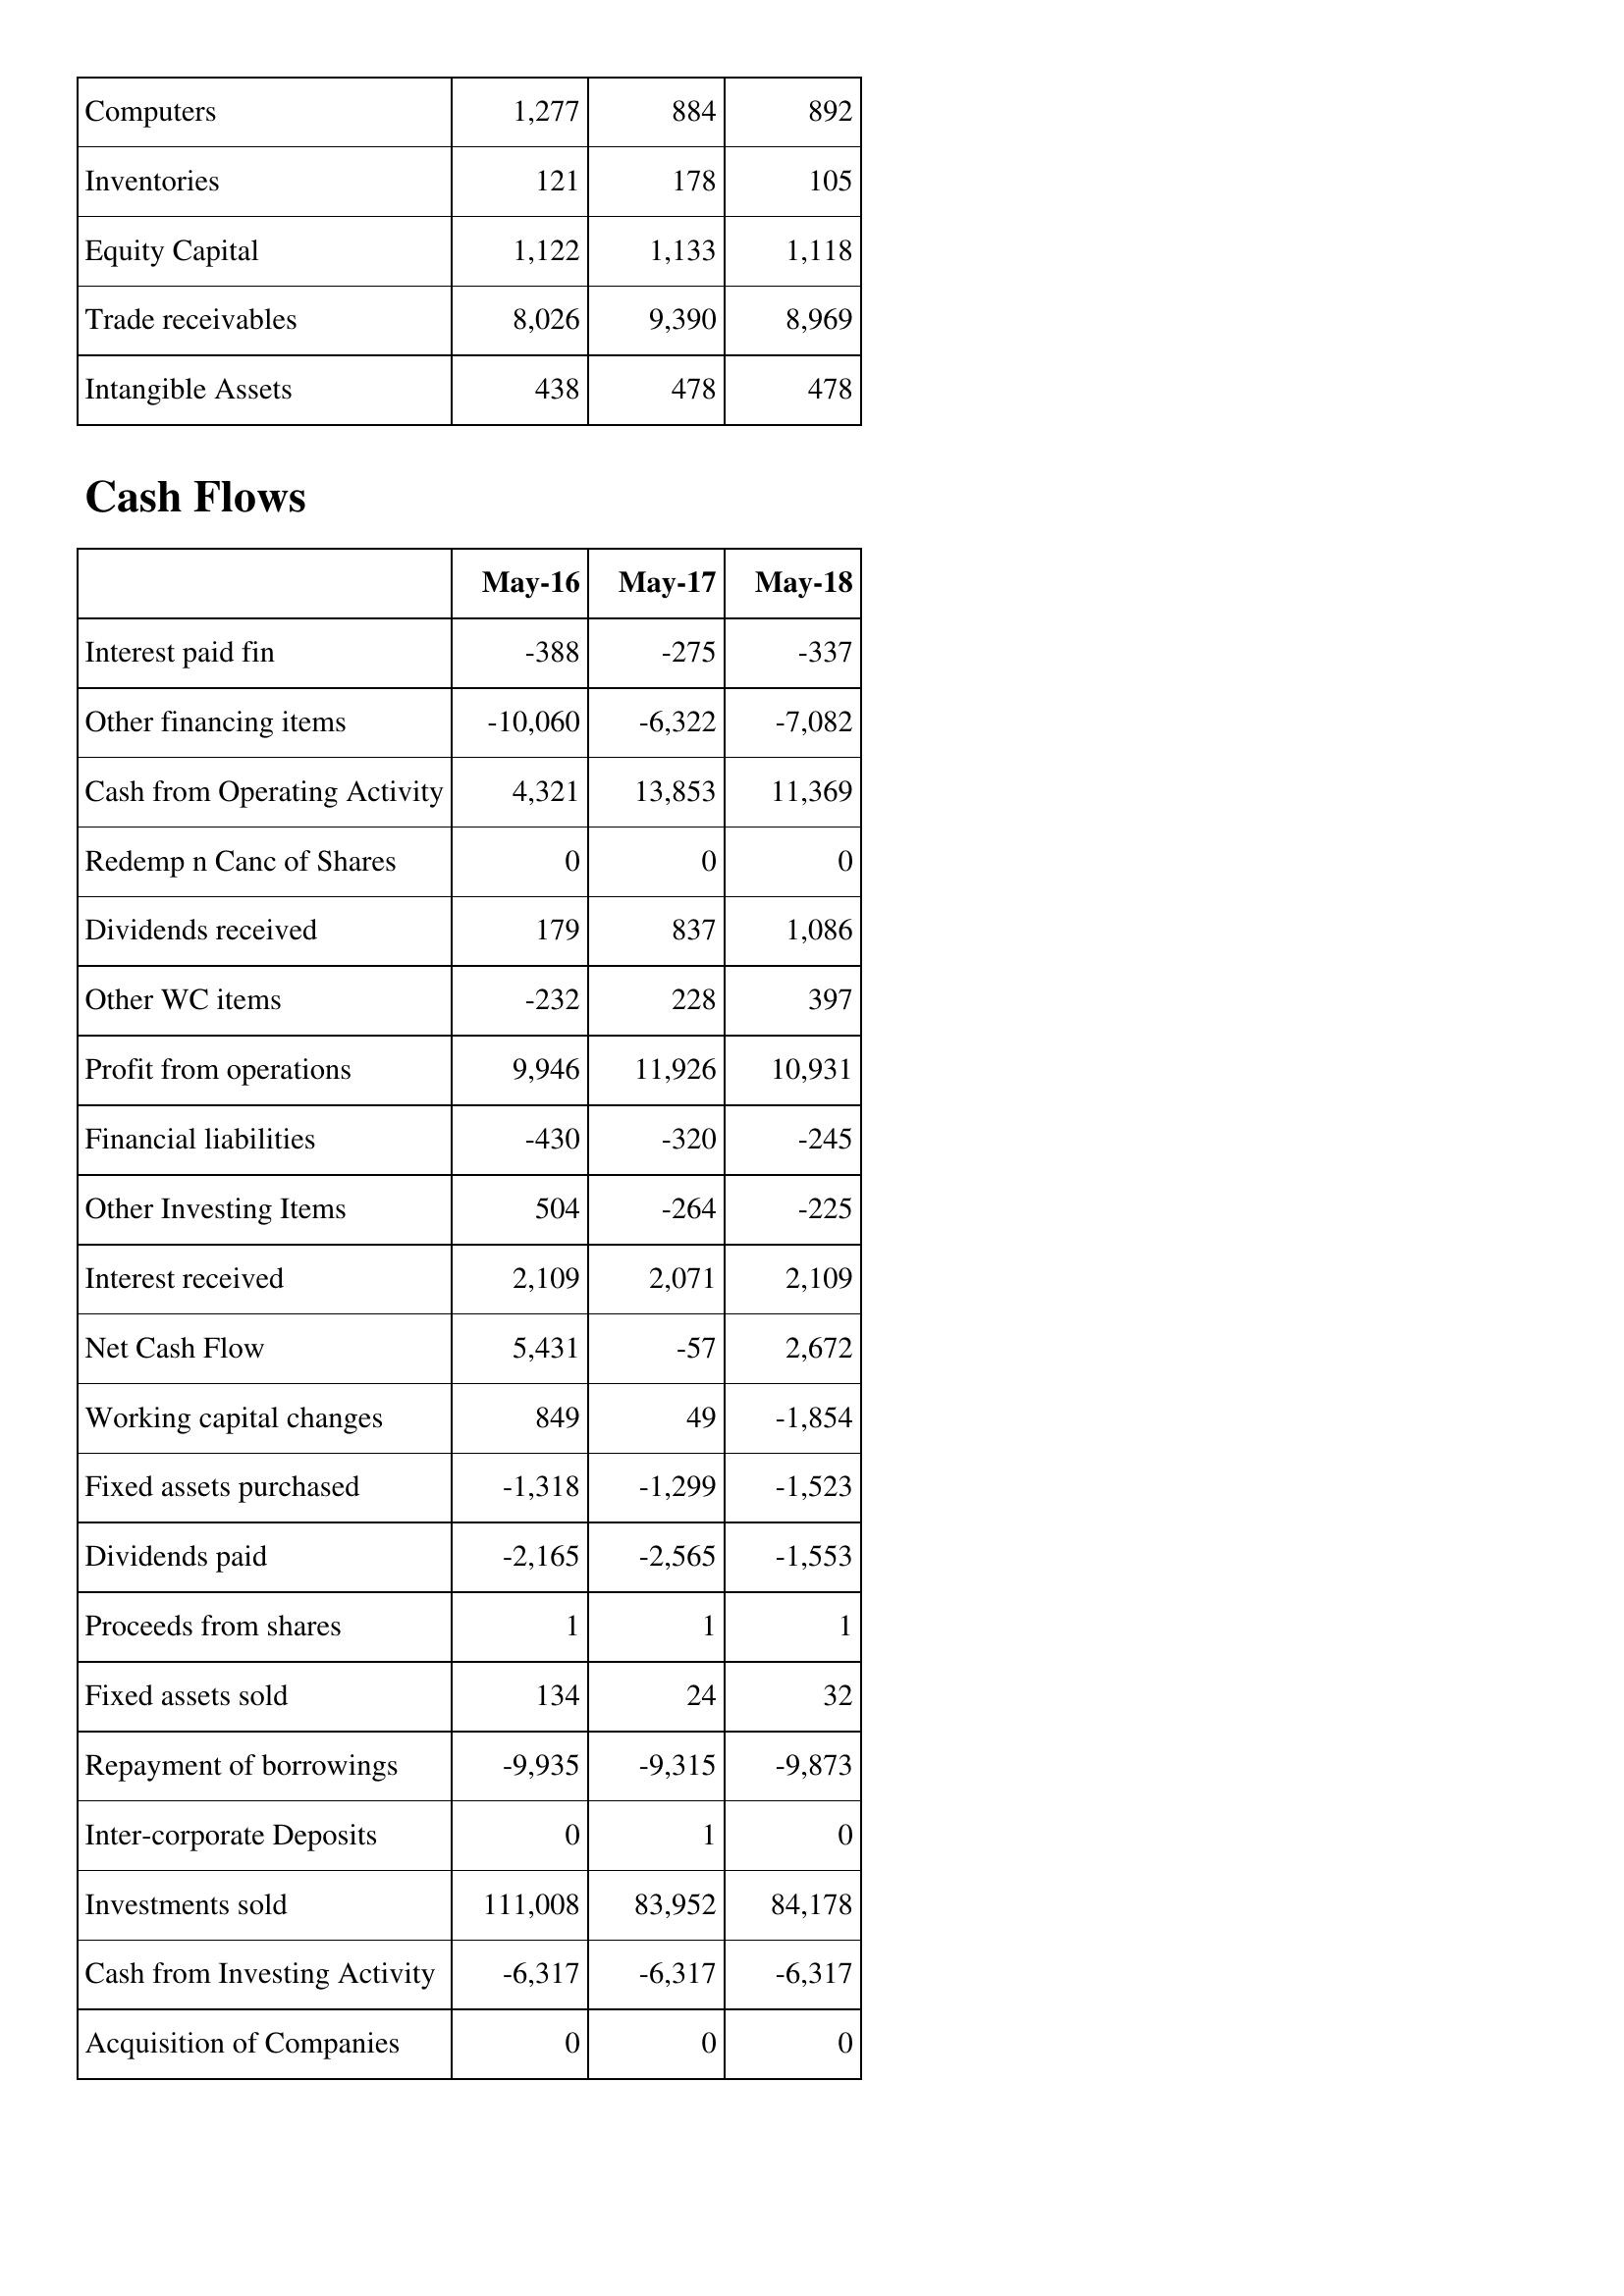
May-16: Balance Sheet: Computers: 1,277
Inventories: 121
Equity Capital: 1,122
Trade receivables: 8,026
Intangible Assets: 438
Cash Flows: Interest paid fin: -388
Other financing items: -10,060
Cash from Operating Activity: 4,321
Redemp n Canc of Shares: 0
Dividends received: 179
Other WC items: -232
Profit from operations: 9,946
Financial liabilities: -430
Other Investing Items: 504
Interest received: 2,109
Net Cash Flow: 5,431
Working capital changes: 849
Fixed assets purchased: -1,318
Dividends paid: -2,165
Proceeds from shares: 1
Fixed assets sold: 134
Repayment of borrowings: -9,935
Inter-corporate Deposits: 0
Investments sold: 111,008
Cash from Investing Activity: -6,317
Acquisition of Companies: 0
May-17: Balance Sheet: Computers: 884
Inventories: 178
Equity Capital: 1,133
Trade receivables: 9,390
Intangible Assets: 478
Cash Flows: Interest paid fin: -275
Other financing items: -6,322
Cash from Operating Activity: 13,853
Redemp n Canc of Shares: 0
Dividends received: 837
Other WC items: 228
Profit from operations: 11,926
Financial liabilities: -320
Other Investing Items: -264
Interest received: 2,071
Net Cash Flow: -57
Working capital changes: 49
Fixed assets purchased: -1,299
Dividends paid: -2,565
Proceeds from shares: 1
Fixed assets sold: 24
Repayment of borrowings: -9,315
Inter-corporate Deposits: 1
Investments sold: 83,952
Cash from Investing Activity: -6,317
Acquisition of Companies: 0
May-18: Balance Sheet: Computers: 892
Inventories: 105
Equity Capital: 1,118
Trade receivables: 8,969
Intangible Assets: 478
Cash Flows: Interest paid fin: -337
Other financing items: -7,082
Cash from Operating Activity: 11,369
Redemp n Canc of Shares: 0
Dividends received: 1,086
Other WC items: 397
Profit from operations: 10,931
Financial liabilities: -245
Other Investing Items: -225
Interest received: 2,109
Net Cash Flow: 2,672
Working capital changes: -1,854
Fixed assets purchased: -1,523
Dividends paid: -1,553
Proceeds from shares: 1
Fixed assets sold: 32
Repayment of borrowings: -9,873
Inter-corporate Deposits: 0
Investments sold: 84,178
Cash from Investing Activity: -6,317
Acquisition of Companies: 0